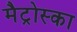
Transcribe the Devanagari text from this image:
मैट्रोस्का